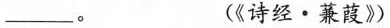
____。 (《诗经·蒹葭》)